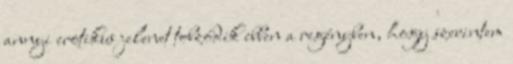
annyi erotikus jelenet tobzódik ebben a regényben, hogy szerintem